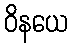
ဝိနယေ